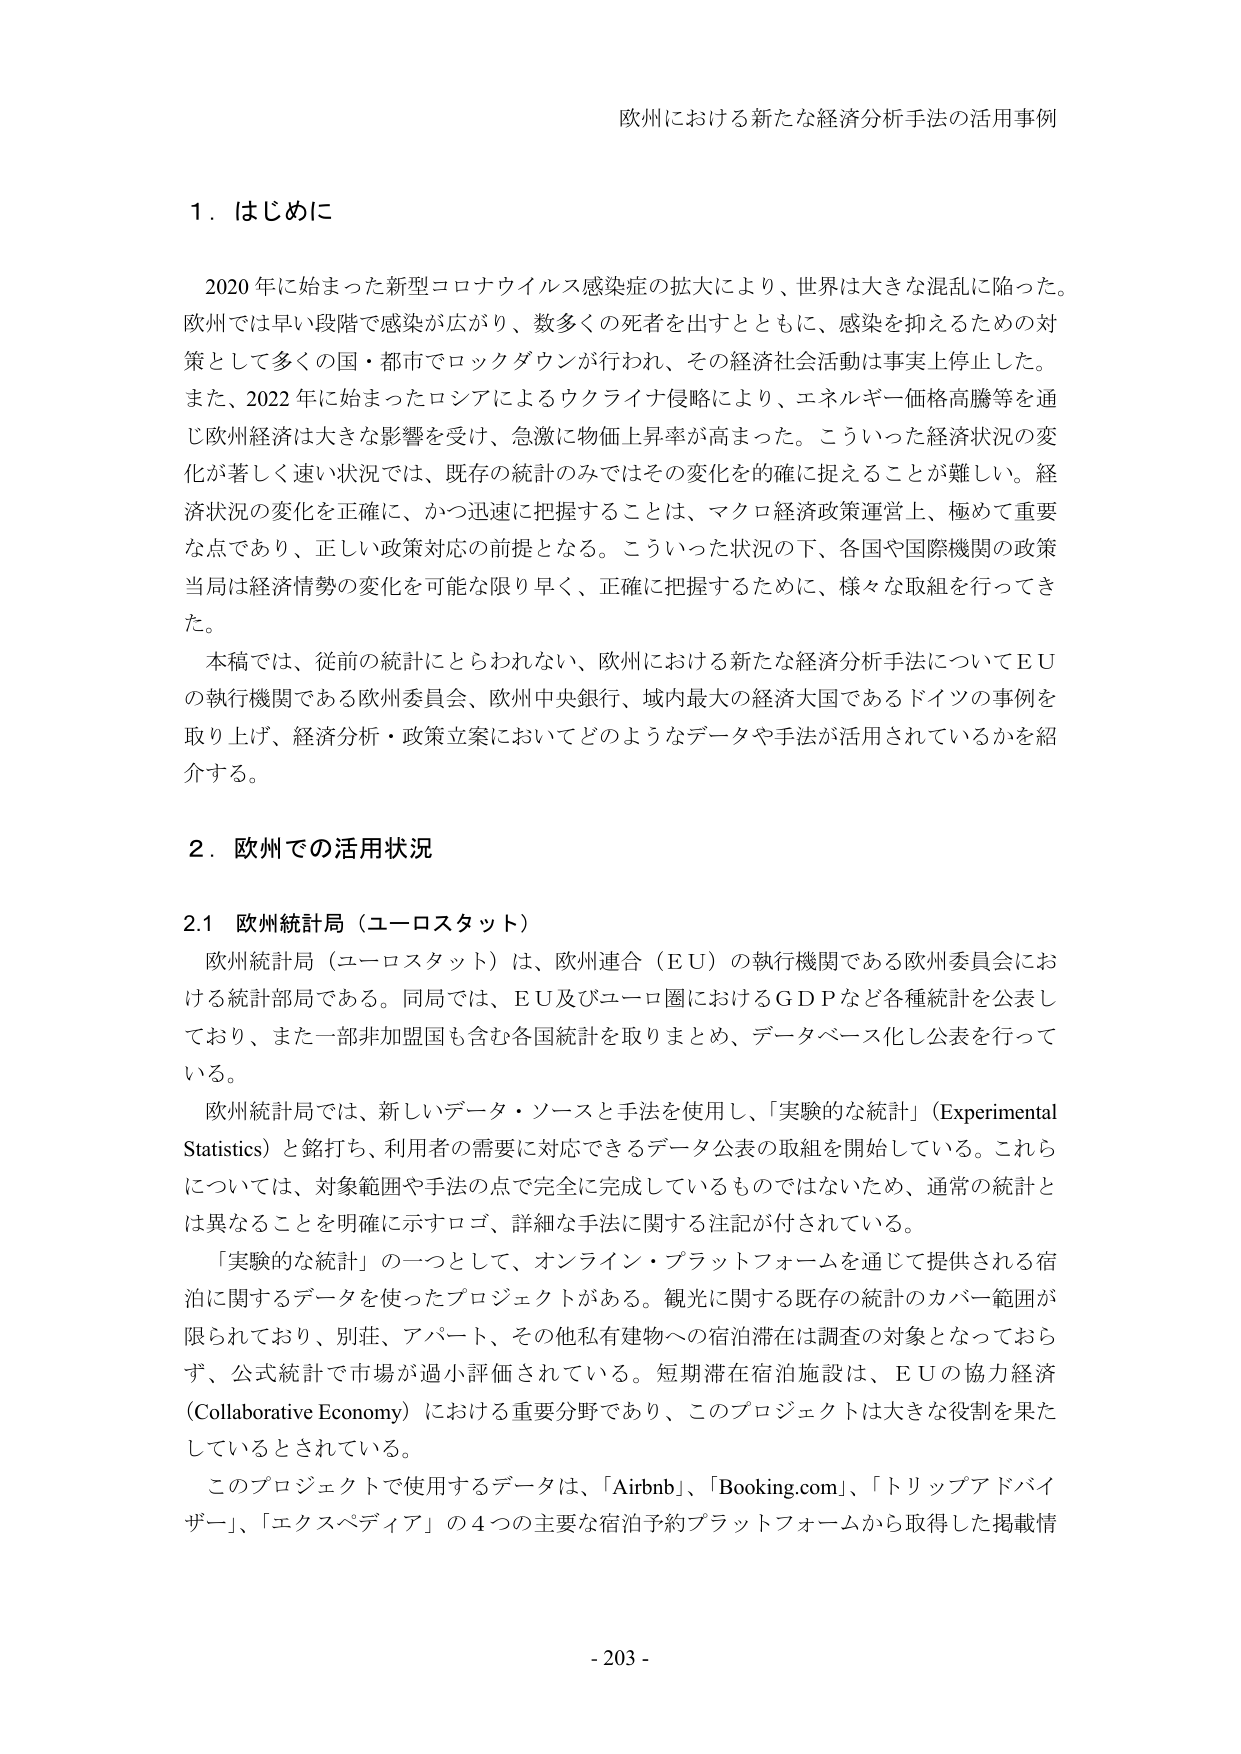
欧州における新たな経済分析手法の活用事例

１．はじめに

2020年に始まった新型コロナウイルス感染症の拡大により、世界は大きな混乱に陥った。欧州では早い段階で感染が広がり、数多くの死者を出すとともに、感染を抑えるための対策として多くの国・都市でロックダウンが行われ、その経済社会活動は事実上停止した。また、2022年に始まったロシアによるウクライナ侵略により、エネルギー価格高騰等を通じ欧州経済は大きな影響を受け、急激に物価上昇率が高まった。こういった経済状況の変化が著しく速い状況では、既存の統計のみではその変化を的確に捉えることが難しい。経済状況の変化を正確に、かつ迅速に把握することは、マクロ経済政策運営上、極めて重要な点であり、正しい政策対応の前提となる。こういった状況の下、各国や国際機関の政策当局は経済情勢の変化を可能な限り早く、正確に把握するために、様々な取組を行ってきた。

本稿では、従前の統計にとらわれない、欧州における新たな経済分析手法についてＥＵの執行機関である欧州委員会、欧州中央銀行、域内最大の経済大国であるドイツの事例を取り上げ、経済分析・政策立案においてどのようなデータや手法が活用されているかを紹介する。

２．欧州での活用状況

2.1 欧州統計局（ユーロスタット）

欧州統計局（ユーロスタット）は、欧州連合（ＥＵ）の執行機関である欧州委員会における統計部局である。同局では、ＥＵ及びユーロ圏におけるＧＤＰなど各種統計を公表しており、また一部非加盟国も含む各国統計を取りまとめ、データベース化し公表を行っている。

欧州統計局では、新しいデータ・ソースと手法を使用し、「実験的な統計」（Experimental Statistics）と銘打ち、利用者の需要に対応できるデータ公表の取組を開始している。これらについては、対象範囲や手法の点で完全に完成しているものではないため、通常の統計とは異なることを明確に示すロゴ、詳細な手法に関する注記が付されている。

「実験的な統計」の一つとして、オンライン・プラットフォームを通じて提供される宿泊に関するデータを使ったプロジェクトがある。観光に関する既存の統計のカバー範囲が限られており、別荘、アパート、その他私有建物への宿泊潜在は調査の対象となっておらず、公式統計で市場が過小評価されている。短期滞在宿泊施設は、ＥＵの協力経済（Collaborative Economy）における重要分野であり、このプロジェクトは大きな役割を果たしているとされている。

このプロジェクトで使用するデータは、「Airbnb」、「Booking.com」、「トリップアドバイザー」、「エクスペディア」の4つの主要な宿泊予約プラットフォームから取得した掲載情

- 203 -